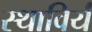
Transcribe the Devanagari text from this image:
स्थाविर्यं